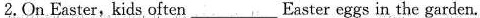
2.On Easter, kids often__Easter eggs in the garden.